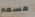
مسمم